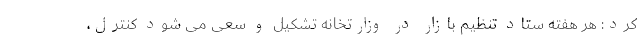
کرد: هر هفته ستاد تنظیم بازار در وزارتخانه تشکیل و سعی می شود کنترل،